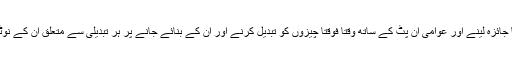
محکمہ کسی بھی وقت پالیسیوں کا جائزہ لینے اور عوامی ان پٹ کے ساتھ وقتا فوقتا چیزوں کو تبدیل کرنے اور ان کے بنائے جانے پر ہر تبدیلی سے متعلق ان کے نوٹیفکیشن کے لئے تیار رہنا چاہئے۔